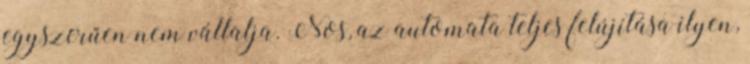
egyszerűen nem vállalja. Nos, az automata teljes felújítása ilyen,